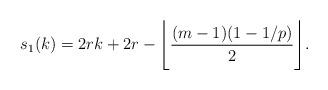
LaTeX: \begin{align*}s_1(k) = 2rk + 2r - \Bigg{\lfloor} \frac{(m-1)(1- 1/p)}{2} \Bigg{\rfloor}.\end{align*}